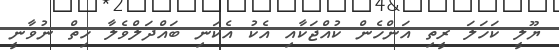
ޔޫލީ ކަހަލަ ރީތި އަންހެން ކުއްޖަކާއި އެކު އެކަނި ބައްދަލްވެލާ ހިތް ނުވާނީ